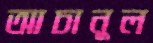
আচানুল